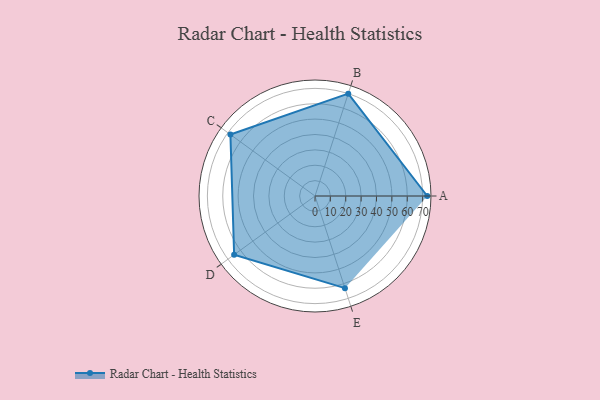
{"axis": {"x": "Skill", "y": "Score"}, "legend": ["Profile"], "data": [{"x": "A", "y": 73.0, "type": "Profile"}, {"x": "B", "y": 70.0, "type": "Profile"}, {"x": "C", "y": 68.0, "type": "Profile"}, {"x": "D", "y": 65.0, "type": "Profile"}, {"x": "E", "y": 63.0, "type": "Profile"}]}